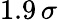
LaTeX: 1.9\, \sigma